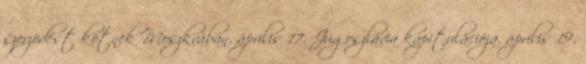
szerzõdést kötnek Moszkvában. április 17. Jugoszlávia kapitulációja. április 19.